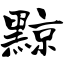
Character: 黥